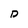
Character: D